Annual report of the Punjab Veterinary College and of the Civil Veterinary Department, Punjab - 1926-1932
Year: 1926
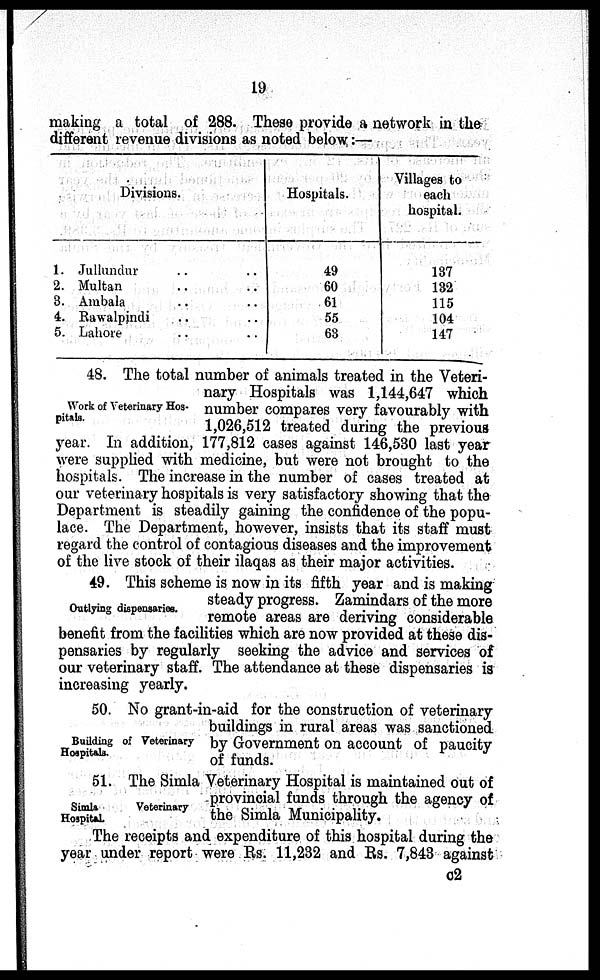
19
making a total of 288. These provide a network in the
different revenue divisions as noted below:—
Divisions.
1. Jullundur .. ..
2. Multan .. ..
8. Ambala .. ..
4. Rawalpindi .. ..
5. Lahore .. ..
Hospitals.
49
60
61
55
63
Villages to
each
hospital.
137
132
115
104
147
Work of Veterinary Hos-
pitals.
48. The total number of animals treated in the Veteri-
nary Hospitals was 1,144,647 which
number compares very favourably with
1,026,512 treated during the previous
year. In addition, 177,812 cases against 146,530 last year
were supplied with medicine, but were not brought to the
hospitals. The increase in the number of cases treated at
our veterinary hospitals is very satisfactory showing that the
Department is steadily gaining the confidence of the popu-
lace. The Department, however, insists that its staff must
regard the control of contagious diseases and the improvement
of the live stock of their ilaqas as their major activities.
Outlying dispensaries.
49. This scheme is now in its fifth year and is making
steady progress. Zamindars of the more
remote areas are deriving considerable
benefit from the facilities which are now provided at these dis-
pensaries by regularly seeking the advice and services of
our veterinary staff. The attendance at these dispensaries is
increasing yearly.
Building of Veterinary
Hospitals.
50. No grant-in-aid for the construction of veterinary
buildings in rural areas was sanctioned
by Government on account of paucity
of funds.
Simla
Veterinary
Hospital.
51. The Simla Veterinary Hospital is maintained out of
provincial funds through the agency of
the Simla Municipality.
The receipts and expenditure of this hospital during the
year under report were Rs. 11,232 and Rs. 7,843 against
C2